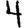
Digit: 4